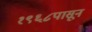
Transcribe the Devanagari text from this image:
१९६८पासून